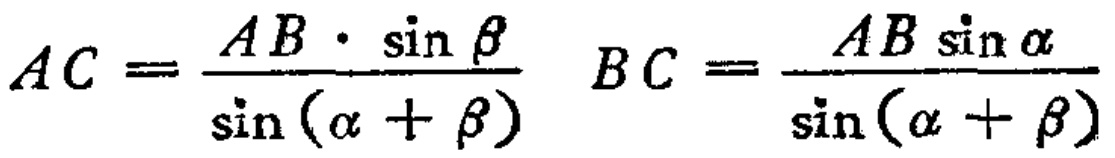
\[AC = \frac{AB \cdot \sin \beta}{\sin (\alpha + \beta)} \quad BC = \frac{AB \sin \alpha}{\sin (\alpha + \beta)}\]